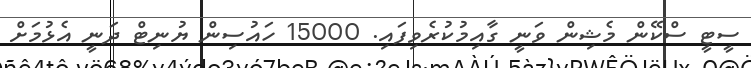
ސީޓީ ސްކޭން މެޝިން ވަނީ ގާއިމުކުރެވިފައި. 15000 ހައުސިން ޔުނިޓް ދަނީ އެޅުމަށް